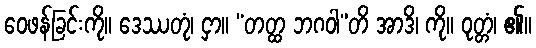
ဝေဖန်ခြင်းကို။ ဒေဿတုံ၊ ငှာ။ “တတ္ထ ဘဂဝါ”တိ အာဒိ၊ ကို။ ဝုတ္တံ၊ ၏။